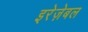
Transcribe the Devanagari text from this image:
इरेज़ेबल